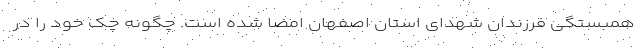
همبستگی فرزندان شهدای استان اصفهان امضا شده است. چگونه چک خود را در